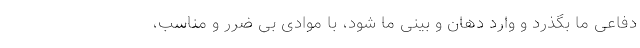
دفاعی ما بگذرد و وارد دهان و بینی ما شود، با موادی بی ضرر و مناسب،